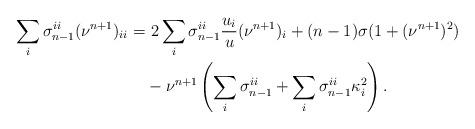
LaTeX: \begin{align*}\sum_i \sigma_{n-1}^{ii}(\nu^{n+1})_{ii} =&\ 2\sum_i \sigma_{n-1}^{ii}\frac{u_i}{u} (\nu^{n+1})_i+(n-1)\sigma (1+(\nu^{n+1})^2)\\&-\nu^{n+1}\left(\sum_i \sigma_{n-1}^{ii}+\sum_i \sigma_{n-1}^{ii}\kappa_i^2\right).\end{align*}